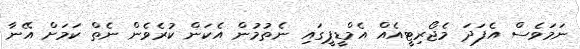
ނަމަވެސް އެފަދަ މެޖޯރިޓީއެއް އެމްޑީޕީގައި ނެތުމުން އެކަން ކުރެވެން ނެތް ކަމަށް އޭނާ